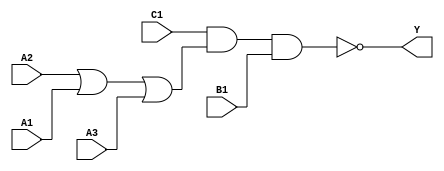
module sky130_fd_sc_ls__o311ai_4 (
    Y ,
    A1,
    A2,
    A3,
    B1,
    C1
);
    output Y ;
    input  A1;
    input  A2;
    input  A3;
    input  B1;
    input  C1;
    wire or0_out    ;
    wire nand0_out_Y;
    or   or0   (or0_out    , A2, A1, A3     );
    nand nand0 (nand0_out_Y, C1, or0_out, B1);
    buf  buf0  (Y          , nand0_out_Y    );
endmodule